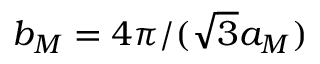
b _ { M } = 4 \pi / ( \sqrt { 3 } a _ { M } )